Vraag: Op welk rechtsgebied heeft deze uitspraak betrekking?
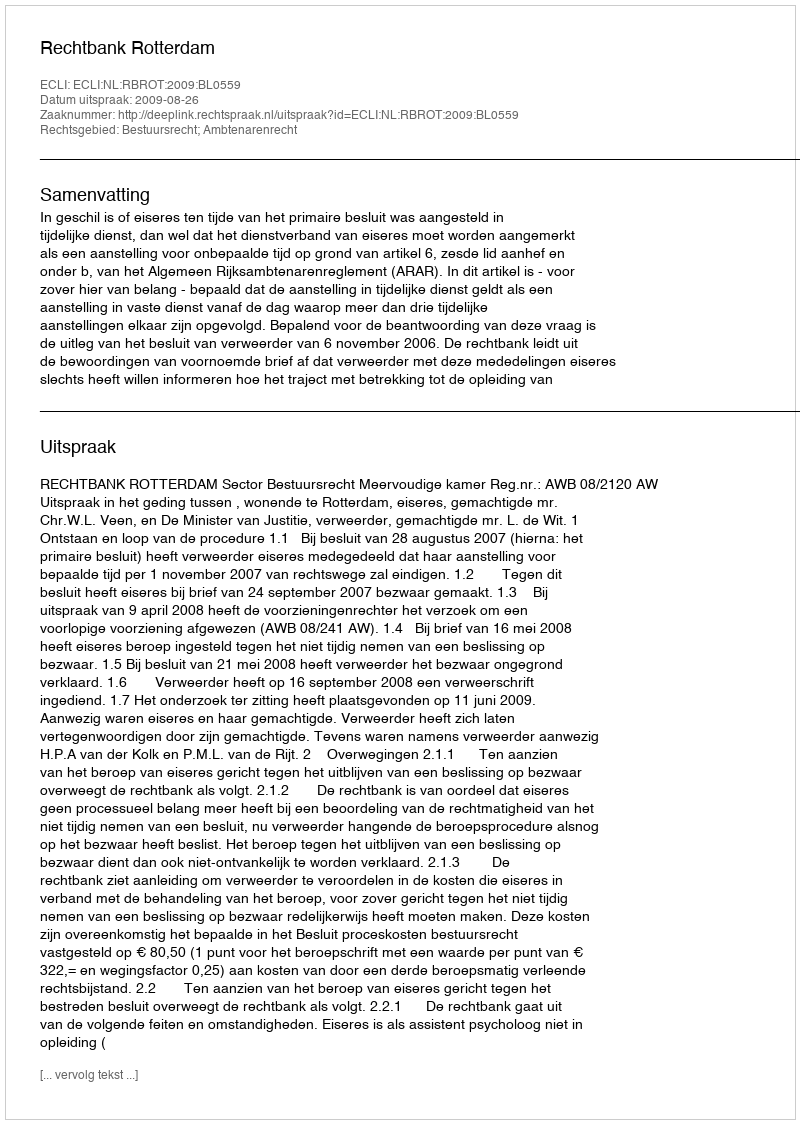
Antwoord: Bestuursrecht; Ambtenarenrecht